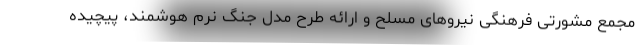
مجمع مشورتی فرهنگی نیروهای مسلح و ارائه طرح مدل جنگ نرم هوشمند، پیچیده